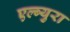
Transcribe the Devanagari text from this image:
एल्ब्युरा